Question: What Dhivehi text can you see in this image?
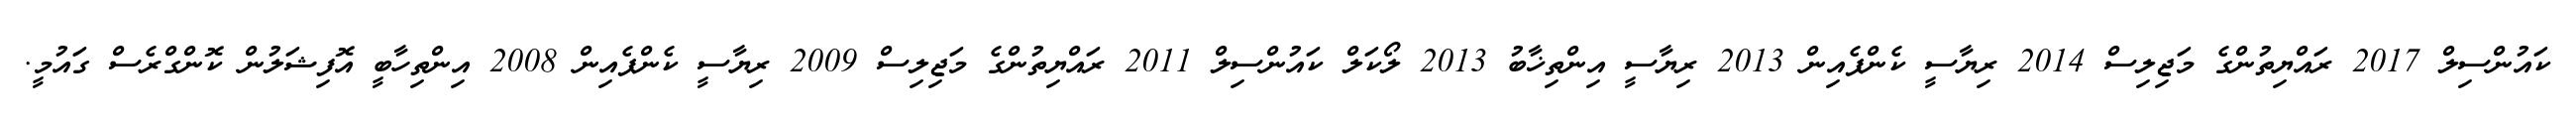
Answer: ކައުންސިލް 2017 ރައްޔިތުންގެ މަޖިލިސް 2014 ރިޔާސީ ކެންޕެއިން 2013 ރިޔާސީ އިންތިޚާބު 2013 ލޯކަލް ކައުންސިލް 2011 ރައްޔިތުންގެ މަޖިލިސް 2009 ރިޔާސީ ކެންޕެއިން 2008 އިންތިހާބީ އޮފިޝަލުން ކޮންގްރެސް ގައުމީ.